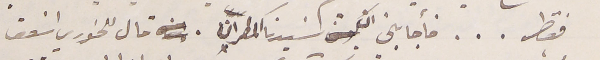
فقط . . . فأجابني ان سَيدنا المطران. قال للخوري اسقف